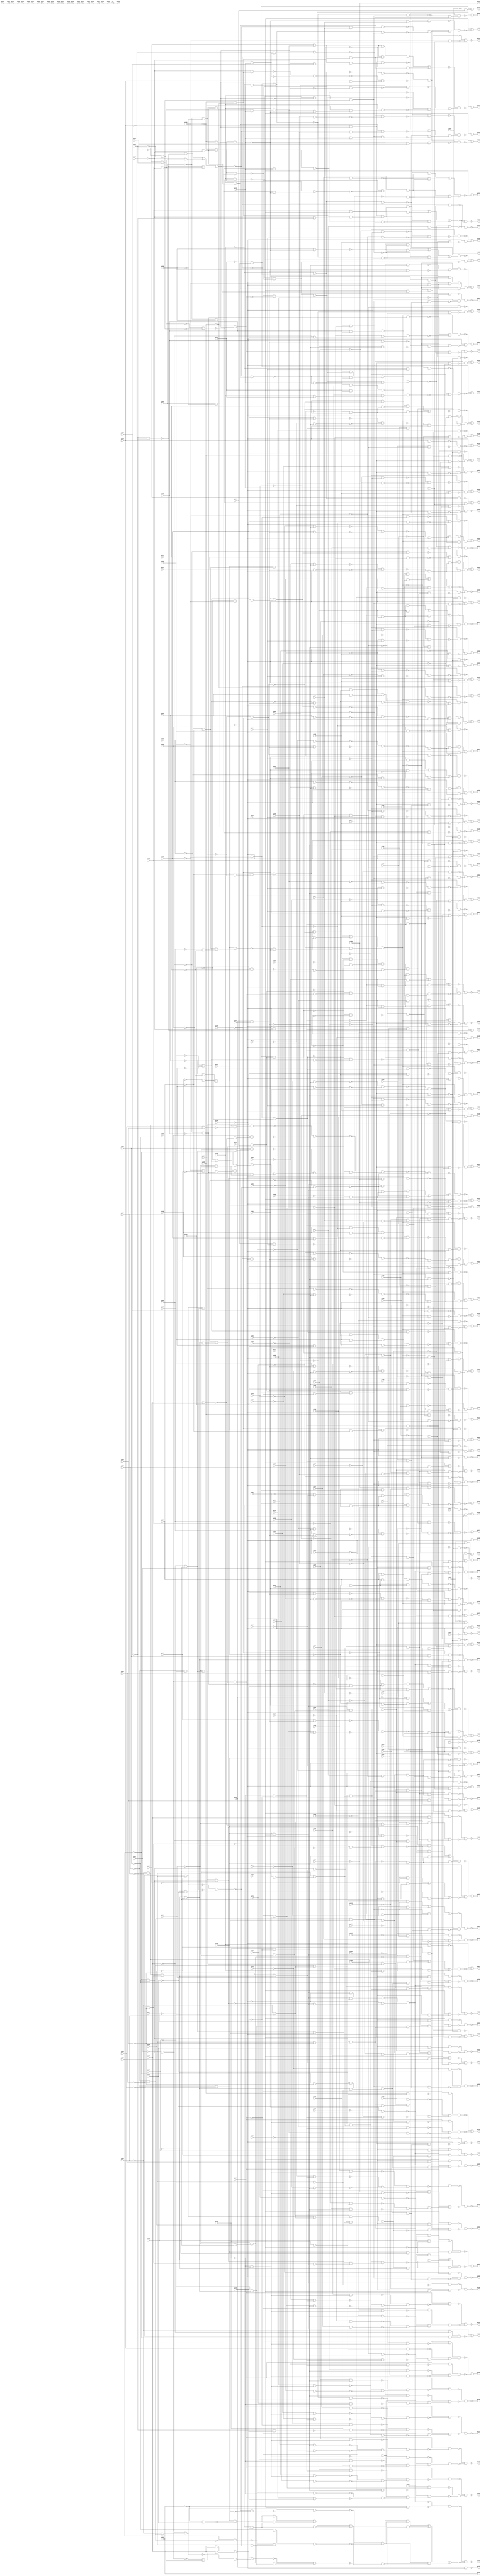
//Written by the Majority Logic Package Wed Apr 29 23:07:12 2015
module top (
            pi000, pi001, pi002, pi003, pi004, pi005, pi006, pi007, pi008, pi009, pi010, pi011, pi012, pi013, pi014, pi015, pi016, pi017, pi018, pi019, pi020, pi021, pi022, pi023, pi024, pi025, pi026, pi027, pi028, pi029, pi030, pi031, pi032, pi033, pi034, pi035, pi036, pi037, pi038, pi039, pi040, pi041, pi042, pi043, pi044, pi045, pi046, pi047, pi048, pi049, pi050, pi051, pi052, pi053, pi054, pi055, pi056, pi057, pi058, pi059, pi060, pi061, pi062, pi063, pi064, pi065, pi066, pi067, pi068, pi069, pi070, pi071, pi072, pi073, pi074, pi075, pi076, pi077, pi078, pi079, pi080, pi081, pi082, pi083, pi084, pi085, pi086, pi087, pi088, pi089, pi090, pi091, pi092, pi093, pi094, pi095, pi096, pi097, pi098, pi099, pi100, pi101, pi102, pi103, pi104, pi105, pi106, pi107, pi108, pi109, pi110, pi111, pi112, pi113, pi114, pi115, pi116, pi117, pi118, pi119, pi120, pi121, pi122, pi123, pi124, pi125, pi126, pi127, pi128, pi129, pi130, pi131, pi132, pi133, pi134, pi135, pi136, pi137, pi138, pi139, pi140, pi141, pi142, pi143, pi144, pi145, pi146, 
            po000, po001, po002, po003, po004, po005, po006, po007, po008, po009, po010, po011, po012, po013, po014, po015, po016, po017, po018, po019, po020, po021, po022, po023, po024, po025, po026, po027, po028, po029, po030, po031, po032, po033, po034, po035, po036, po037, po038, po039, po040, po041, po042, po043, po044, po045, po046, po047, po048, po049, po050, po051, po052, po053, po054, po055, po056, po057, po058, po059, po060, po061, po062, po063, po064, po065, po066, po067, po068, po069, po070, po071, po072, po073, po074, po075, po076, po077, po078, po079, po080, po081, po082, po083, po084, po085, po086, po087, po088, po089, po090, po091, po092, po093, po094, po095, po096, po097, po098, po099, po100, po101, po102, po103, po104, po105, po106, po107, po108, po109, po110, po111, po112, po113, po114, po115, po116, po117, po118, po119, po120, po121, po122, po123, po124, po125, po126, po127, po128, po129, po130, po131, po132, po133, po134, po135, po136, po137, po138, po139, po140, po141);
input pi000, pi001, pi002, pi003, pi004, pi005, pi006, pi007, pi008, pi009, pi010, pi011, pi012, pi013, pi014, pi015, pi016, pi017, pi018, pi019, pi020, pi021, pi022, pi023, pi024, pi025, pi026, pi027, pi028, pi029, pi030, pi031, pi032, pi033, pi034, pi035, pi036, pi037, pi038, pi039, pi040, pi041, pi042, pi043, pi044, pi045, pi046, pi047, pi048, pi049, pi050, pi051, pi052, pi053, pi054, pi055, pi056, pi057, pi058, pi059, pi060, pi061, pi062, pi063, pi064, pi065, pi066, pi067, pi068, pi069, pi070, pi071, pi072, pi073, pi074, pi075, pi076, pi077, pi078, pi079, pi080, pi081, pi082, pi083, pi084, pi085, pi086, pi087, pi088, pi089, pi090, pi091, pi092, pi093, pi094, pi095, pi096, pi097, pi098, pi099, pi100, pi101, pi102, pi103, pi104, pi105, pi106, pi107, pi108, pi109, pi110, pi111, pi112, pi113, pi114, pi115, pi116, pi117, pi118, pi119, pi120, pi121, pi122, pi123, pi124, pi125, pi126, pi127, pi128, pi129, pi130, pi131, pi132, pi133, pi134, pi135, pi136, pi137, pi138, pi139, pi140, pi141, pi142, pi143, pi144, pi145, pi146;
output po000, po001, po002, po003, po004, po005, po006, po007, po008, po009, po010, po011, po012, po013, po014, po015, po016, po017, po018, po019, po020, po021, po022, po023, po024, po025, po026, po027, po028, po029, po030, po031, po032, po033, po034, po035, po036, po037, po038, po039, po040, po041, po042, po043, po044, po045, po046, po047, po048, po049, po050, po051, po052, po053, po054, po055, po056, po057, po058, po059, po060, po061, po062, po063, po064, po065, po066, po067, po068, po069, po070, po071, po072, po073, po074, po075, po076, po077, po078, po079, po080, po081, po082, po083, po084, po085, po086, po087, po088, po089, po090, po091, po092, po093, po094, po095, po096, po097, po098, po099, po100, po101, po102, po103, po104, po105, po106, po107, po108, po109, po110, po111, po112, po113, po114, po115, po116, po117, po118, po119, po120, po121, po122, po123, po124, po125, po126, po127, po128, po129, po130, po131, po132, po133, po134, po135, po136, po137, po138, po139, po140, po141;
wire one, w0, w1, w2, w3, w4, w5, w6, w7, w8, w9, w10, w11, w12, w13, w14, w15, w16, w17, w18, w19, w20, w21, w22, w23, w24, w25, w26, w27, w28, w29, w30, w31, w32, w33, w34, w35, w36, w37, w38, w39, w40, w41, w42, w43, w44, w45, w46, w47, w48, w49, w50, w51, w52, w53, w54, w55, w56, w57, w58, w59, w60, w61, w62, w63, w64, w65, w66, w67, w68, w69, w70, w71, w72, w73, w74, w75, w76, w77, w78, w79, w80, w81, w82, w83, w84, w85, w86, w87, w88, w89, w90, w91, w92, w93, w94, w95, w96, w97, w98, w99, w100, w101, w102, w103, w104, w105, w106, w107, w108, w109, w110, w111, w112, w113, w114, w115, w116, w117, w118, w119, w120, w121, w122, w123, w124, w125, w126, w127, w128, w129, w130, w131, w132, w133, w134, w135, w136, w137, w138, w139, w140, w141, w142, w143, w144, w145, w146, w147, w148, w149, w150, w151, w152, w153, w154, w155, w156, w157, w158, w159, w160, w161, w162, w163, w164, w165, w166, w167, w168, w169, w170, w171, w172, w173, w174, w175, w176, w177, w178, w179, w180, w181, w182, w183, w184, w185, w186, w187, w188, w189, w190, w191, w192, w193, w194, w195, w196, w197, w198, w199, w200, w201, w202, w203, w204, w205, w206, w207, w208, w209, w210, w211, w212, w213, w214, w215, w216, w217, w218, w219, w220, w221, w222, w223, w224, w225, w226, w227, w228, w229, w230, w231, w232, w233, w234, w235, w236, w237, w238, w239, w240, w241, w242, w243, w244, w245, w246, w247, w248, w249, w250, w251, w252, w253, w254, w255, w256, w257, w258, w259, w260, w261, w262, w263, w264, w265, w266, w267, w268, w269, w270, w271, w272, w273, w274, w275, w276, w277, w278, w279, w280, w281, w282, w283, w284, w285, w286, w287, w288, w289, w290, w291, w292, w293, w294, w295, w296, w297, w298, w299, w300, w301, w302, w303, w304, w305, w306, w307, w308, w309, w310, w311, w312, w313, w314, w315, w316, w317, w318, w319, w320, w321, w322, w323, w324, w325, w326, w327, w328, w329, w330, w331, w332, w333, w334, w335, w336, w337, w338, w339, w340, w341, w342, w343, w344, w345, w346, w347, w348, w349, w350, w351, w352, w353, w354, w355, w356, w357, w358, w359, w360, w361, w362, w363, w364, w365, w366, w367, w368, w369, w370, w371, w372, w373, w374, w375, w376, w377, w378, w379, w380, w381, w382, w383, w384, w385, w386, w387, w388, w389, w390, w391, w392, w393, w394, w395, w396, w397, w398, w399, w400, w401, w402, w403, w404, w405, w406, w407, w408, w409, w410, w411, w412, w413, w414, w415, w416, w417, w418, w419, w420, w421, w422, w423, w424, w425, w426, w427, w428, w429, w430, w431, w432, w433, w434, w435, w436, w437, w438, w439, w440, w441, w442, w443, w444, w445, w446, w447, w448, w449, w450, w451, w452, w453, w454, w455, w456, w457, w458, w459, w460, w461, w462, w463, w464, w465, w466, w467, w468, w469, w470, w471, w472, w473, w474, w475, w476, w477, w478, w479, w480, w481, w482, w483, w484, w485, w486, w487, w488, w489, w490, w491, w492, w493, w494, w495, w496, w497, w498, w499, w500, w501, w502, w503, w504, w505, w506, w507, w508, w509, w510, w511, w512, w513, w514, w515, w516, w517, w518, w519, w520, w521, w522, w523, w524, w525, w526, w527, w528, w529, w530, w531, w532, w533, w534, w535, w536, w537, w538, w539, w540, w541, w542, w543, w544, w545, w546, w547, w548, w549, w550, w551, w552, w553, w554, w555, w556, w557, w558, w559, w560, w561, w562, w563, w564, w565, w566, w567, w568, w569, w570, w571, w572, w573, w574, w575, w576, w577, w578, w579, w580, w581, w582, w583, w584, w585, w586, w587, w588, w589, w590, w591, w592, w593, w594, w595, w596, w597, w598, w599, w600, w601, w602, w603, w604, w605, w606, w607, w608, w609, w610, w611, w612, w613, w614, w615, w616, w617, w618, w619, w620, w621, w622, w623, w624, w625, w626, w627, w628, w629, w630, w631, w632, w633, w634, w635, w636, w637, w638, w639, w640, w641, w642, w643, w644, w645, w646, w647, w648, w649, w650, w651, w652, w653, w654, w655, w656, w657, w658, w659, w660, w661, w662, w663, w664, w665, w666, w667, w668, w669, w670, w671, w672, w673, w674, w675, w676, w677, w678, w679, w680, w681, w682, w683, w684, w685, w686, w687, w688, w689, w690, w691, w692, w693, w694, w695, w696, w697, w698, w699, w700, w701, w702, w703, w704, w705, w706, w707, w708, w709, w710, w711, w712, w713, w714, w715, w716, w717, w718, w719, w720, w721, w722, w723, w724, w725, w726, w727, w728, w729, w730, w731, w732, w733, w734, w735, w736, w737, w738, w739, w740, w741, w742, w743, w744, w745, w746, w747, w748, w749, w750, w751, w752, w753, w754, w755, w756, w757, w758, w759, w760, w761, w762, w763, w764, w765, w766, w767, w768, w769, w770, w771, w772, w773, w774, w775, w776, w777, w778, w779, w780, w781, w782, w783, w784, w785, w786, w787, w788, w789, w790, w791, w792, w793, w794, w795, w796, w797, w798, w799, w800, w801, w802, w803, w804, w805, w806, w807, w808, w809, w810, w811, w812, w813, w814, w815, w816, w817, w818, w819, w820, w821, w822, w823, w824, w825, w826, w827, w828, w829, w830, w831, w832, w833, w834, w835, w836, w837, w838, w839, w840, w841, w842, w843, w844, w845, w846, w847, w848, w849, w850, w851, w852, w853, w854, w855, w856, w857, w858, w859, w860, w861, w862, w863, w864, w865, w866, w867, w868, w869, w870, w871, w872, w873, w874, w875, w876, w877, w878, w879, w880, w881, w882, w883, w884, w885, w886, w887, w888, w889, w890, w891, w892, w893, w894, w895, w896, w897, w898, w899, w900, w901, w902, w903, w904, w905, w906, w907, w908, w909, w910, w911, w912, w913, w914, w915, w916, w917, w918, w919, w920, w921, w922, w923, w924, w925, w926, w927, w928, w929, w930, w931, w932, w933, w934, w935, w936, w937, w938, w939, w940, w941, w942, w943, w944, w945, w946, w947, w948, w949, w950, w951, w952, w953, w954, w955, w956, w957, w958, w959, w960, w961, w962, w963, w964, w965, w966, w967, w968, w969, w970;
assign w0 = pi010 & pi013;
assign w1 = ~pi004 & ~pi006;
assign w2 = ~pi007 & ~pi008;
assign w3 = ~pi021 & w2;
assign w4 = w1 & w3;
assign w5 = w3 & w873;
assign w6 = pi007 & pi008;
assign w7 = ~pi010 & ~pi013;
assign w8 = w1 & w7;
assign w9 = ~pi014 & w8;
assign w10 = w8 & w874;
assign w11 = ~w5 & ~w10;
assign w12 = pi014 & ~w7;
assign w13 = ~pi016 & ~pi018;
assign w14 = ~pi017 & ~pi019;
assign w15 = ~pi009 & ~pi011;
assign w16 = ~pi005 & ~pi022;
assign w17 = w15 & w16;
assign w18 = w13 & w14;
assign w19 = w17 & w18;
assign w20 = (~pi012 & w2) | (~pi012 & w875) | (w2 & w875);
assign w21 = ~w12 & w20;
assign w22 = w19 & w21;
assign w23 = ~w11 & w22;
assign w24 = ~w15 & ~w16;
assign w25 = ~w17 & ~w24;
assign w26 = ~w23 & ~w25;
assign w27 = ~pi012 & ~pi014;
assign w28 = w3 & w27;
assign w29 = w8 & w19;
assign w30 = w28 & w29;
assign w31 = w29 & w876;
assign w32 = ~pi003 & ~pi129;
assign w33 = pi054 & w32;
assign w34 = (w33 & ~w25) | (w33 & w877) | (~w25 & w877);
assign w35 = ~w31 & w34;
assign w36 = ~w26 & w35;
assign w37 = ~pi054 & w32;
assign w38 = w32 & w878;
assign w39 = ~w36 & ~w38;
assign w40 = (w33 & ~w29) | (w33 & w879) | (~w29 & w879);
assign w41 = ~pi001 & w32;
assign w42 = ~w40 & ~w41;
assign w43 = ~pi011 & w27;
assign w44 = ~pi005 & ~pi009;
assign w45 = ~pi004 & w44;
assign w46 = w43 & w45;
assign w47 = ~pi006 & ~pi010;
assign w48 = ~w7 & ~w47;
assign w49 = w46 & ~w48;
assign w50 = pi012 & ~w44;
assign w51 = ~pi011 & ~w24;
assign w52 = ~w50 & w51;
assign w53 = w9 & w52;
assign w54 = ~w49 & ~w53;
assign w55 = (pi007 & ~w46) | (pi007 & w880) | (~w46 & w880);
assign w56 = ~pi021 & w14;
assign w57 = w14 & w881;
assign w58 = ~pi022 & w13;
assign w59 = w57 & w58;
assign w60 = ~w55 & w59;
assign w61 = ~pi001 & pi017;
assign w62 = pi054 & ~w61;
assign w63 = (w62 & ~w29) | (w62 & w882) | (~w29 & w882);
assign w64 = (w63 & w54) | (w63 & w883) | (w54 & w883);
assign w65 = ~w42 & ~w64;
assign w66 = ~pi046 & ~pi050;
assign w67 = ~pi043 & w66;
assign w68 = ~pi044 & ~pi045;
assign w69 = ~pi047 & ~pi048;
assign w70 = w68 & w69;
assign w71 = w67 & w70;
assign w72 = ~pi038 & ~pi040;
assign w73 = ~pi041 & ~pi042;
assign w74 = w72 & w73;
assign w75 = ~pi024 & ~pi049;
assign w76 = w74 & w75;
assign w77 = w71 & w76;
assign w78 = ~pi015 & ~pi020;
assign w79 = (pi082 & ~w77) | (pi082 & w884) | (~w77 & w884);
assign w80 = pi002 & w79;
assign w81 = ~pi049 & w71;
assign w82 = ~pi015 & ~pi024;
assign w83 = w74 & w82;
assign w84 = ~pi002 & ~pi020;
assign w85 = w74 & w885;
assign w86 = (pi082 & ~w81) | (pi082 & w886) | (~w81 & w886);
assign w87 = pi122 & pi127;
assign w88 = ~pi065 & ~w87;
assign w89 = pi002 & w87;
assign w90 = ~w88 & ~w89;
assign w91 = ~w86 & ~w90;
assign w92 = ~w80 & ~w91;
assign w93 = ~pi129 & ~w92;
assign w94 = pi000 & ~pi113;
assign w95 = ~pi123 & w94;
assign w96 = ~pi061 & ~pi118;
assign w97 = (w96 & ~w29) | (w96 & w887) | (~w29 & w887);
assign w98 = ~w95 & ~w97;
assign w99 = ~pi129 & ~w98;
assign w100 = ~pi013 & ~pi016;
assign w101 = w27 & w100;
assign w102 = w40 & w101;
assign w103 = ~pi004 & ~pi022;
assign w104 = w44 & w103;
assign w105 = ~pi011 & ~pi018;
assign w106 = w14 & w105;
assign w107 = w104 & w106;
assign w108 = w4 & w107;
assign w109 = w40 & w888;
assign w110 = w32 & w889;
assign w111 = ~w109 & ~w110;
assign w112 = w32 & w890;
assign w113 = w101 & w106;
assign w114 = w2 & w47;
assign w115 = w104 & w114;
assign w116 = w33 & w56;
assign w117 = w115 & w116;
assign w118 = ~pi029 & ~pi059;
assign w119 = ~pi025 & pi028;
assign w120 = w118 & w119;
assign w121 = w117 & w891;
assign w122 = ~w112 & ~w121;
assign w123 = w32 & w892;
assign w124 = pi025 & ~pi028;
assign w125 = w118 & w124;
assign w126 = w117 & w893;
assign w127 = ~w123 & ~w126;
assign w128 = w32 & w894;
assign w129 = w44 & w47;
assign w130 = w33 & ~w57;
assign w131 = ~pi021 & ~w6;
assign w132 = w103 & w131;
assign w133 = w129 & w132;
assign w134 = w133 & w895;
assign w135 = ~w128 & ~w134;
assign w136 = (~pi008 & ~w14) | (~pi008 & w896) | (~w14 & w896);
assign w137 = w27 & w938;
assign w138 = w13 & ~w56;
assign w139 = w115 & w138;
assign w140 = (pi054 & ~w139) | (pi054 & w897) | (~w139 & w897);
assign w141 = w32 & ~w136;
assign w142 = ~w140 & w141;
assign w143 = ~pi018 & w117;
assign w144 = w102 & w143;
assign w145 = w32 & w898;
assign w146 = ~w144 & ~w145;
assign w147 = w32 & w899;
assign w148 = w4 & w129;
assign w149 = w4 & w900;
assign w150 = ~pi011 & ~pi022;
assign w151 = ~pi012 & ~pi013;
assign w152 = ~pi017 & w151;
assign w153 = w13 & w150;
assign w154 = w152 & w153;
assign w155 = w149 & w154;
assign w156 = w40 & w155;
assign w157 = ~w147 & ~w156;
assign w158 = w32 & w901;
assign w159 = w113 & w148;
assign w160 = w40 & w159;
assign w161 = ~w158 & ~w160;
assign w162 = w32 & w902;
assign w163 = w43 & w117;
assign w164 = ~w30 & w163;
assign w165 = w100 & w164;
assign w166 = ~w162 & ~w165;
assign w167 = ~pi025 & ~pi028;
assign w168 = pi029 & ~pi059;
assign w169 = w167 & w168;
assign w170 = w117 & w903;
assign w171 = w32 & w904;
assign w172 = ~w170 & ~w171;
assign w173 = w32 & w905;
assign w174 = w13 & w164;
assign w175 = ~w173 & ~w174;
assign w176 = pi015 & w87;
assign w177 = ~pi070 & ~w87;
assign w178 = ~w176 & ~w177;
assign w179 = w81 & w83;
assign w180 = (pi082 & w77) | (pi082 & w906) | (w77 & w906);
assign w181 = ~w179 & w180;
assign w182 = (~pi129 & w86) | (~pi129 & w907) | (w86 & w907);
assign w183 = ~w181 & w182;
assign w184 = (pi016 & ~w32) | (pi016 & w908) | (~w32 & w908);
assign w185 = w15 & w103;
assign w186 = w56 & w185;
assign w187 = w101 & w114;
assign w188 = w186 & w187;
assign w189 = w7 & w33;
assign w190 = w28 & w189;
assign w191 = w107 & w190;
assign w192 = (~pi016 & ~w191) | (~pi016 & w909) | (~w191 & w909);
assign w193 = ~w184 & ~w192;
assign w194 = w32 & w910;
assign w195 = ~pi029 & pi059;
assign w196 = w167 & w195;
assign w197 = w117 & w911;
assign w198 = ~w194 & ~w197;
assign w199 = w32 & w912;
assign w200 = w137 & ~w188;
assign w201 = w143 & w200;
assign w202 = ~w199 & ~w201;
assign w203 = w32 & w913;
assign w204 = w58 & w137;
assign w205 = w130 & w204;
assign w206 = w149 & w205;
assign w207 = ~w203 & ~w206;
assign w208 = pi020 & w87;
assign w209 = ~pi071 & ~w87;
assign w210 = ~w208 & ~w209;
assign w211 = (pi020 & ~w81) | (pi020 & w914) | (~w81 & w914);
assign w212 = w79 & ~w211;
assign w213 = (~pi129 & w86) | (~pi129 & w915) | (w86 & w915);
assign w214 = ~w212 & w213;
assign w215 = w32 & w916;
assign w216 = ~pi014 & w154;
assign w217 = w130 & w216;
assign w218 = w148 & w217;
assign w219 = ~w215 & ~w218;
assign w220 = w32 & w917;
assign w221 = ~pi018 & w188;
assign w222 = w40 & w221;
assign w223 = ~w220 & ~w222;
assign w224 = ~pi023 & pi055;
assign w225 = pi061 & ~pi129;
assign w226 = ~w224 & w225;
assign w227 = pi024 & w87;
assign w228 = ~pi063 & ~w87;
assign w229 = ~w227 & ~w228;
assign w230 = w71 & w918;
assign w231 = (pi024 & ~w71) | (pi024 & w919) | (~w71 & w919);
assign w232 = pi082 & ~w230;
assign w233 = ~w231 & w232;
assign w234 = (~pi129 & w86) | (~pi129 & w920) | (w86 & w920);
assign w235 = ~w233 & w234;
assign w236 = ~pi053 & ~pi058;
assign w237 = ~pi085 & w236;
assign w238 = pi026 & ~pi027;
assign w239 = ~pi026 & pi027;
assign w240 = ~w238 & ~w239;
assign w241 = w237 & ~w240;
assign w242 = ~pi026 & ~pi027;
assign w243 = ~pi085 & w242;
assign w244 = ~pi053 & pi058;
assign w245 = w243 & w244;
assign w246 = ~w241 & ~w245;
assign w247 = pi053 & ~pi058;
assign w248 = w243 & w247;
assign w249 = w236 & w242;
assign w250 = pi085 & w249;
assign w251 = ~w248 & ~w250;
assign w252 = w246 & w251;
assign w253 = ~w252 & w921;
assign w254 = ~pi095 & ~pi100;
assign w255 = (~pi110 & ~w254) | (~pi110 & w922) | (~w254 & w922);
assign w256 = w237 & w242;
assign w257 = ~w255 & w256;
assign w258 = w256 & w923;
assign w259 = ~pi039 & ~pi051;
assign w260 = ~pi052 & w259;
assign w261 = w259 & w924;
assign w262 = w237 & w239;
assign w263 = w261 & w262;
assign w264 = w237 & w925;
assign w265 = ~w260 & w264;
assign w266 = ~pi085 & ~pi096;
assign w267 = ~pi110 & w266;
assign w268 = pi085 & pi116;
assign w269 = ~w267 & ~w268;
assign w270 = pi100 & w249;
assign w271 = ~w269 & w270;
assign w272 = ~w265 & ~w271;
assign w273 = ~w258 & ~w263;
assign w274 = w272 & w273;
assign w275 = ~w253 & w274;
assign w276 = w32 & ~w275;
assign w277 = ~w252 & w926;
assign w278 = w272 & ~w277;
assign w279 = w32 & ~w278;
assign w280 = ~w261 & w262;
assign w281 = ~pi100 & w249;
assign w282 = w249 & w927;
assign w283 = w266 & w928;
assign w284 = w281 & w283;
assign w285 = ~w280 & ~w282;
assign w286 = ~w284 & w285;
assign w287 = w32 & ~w286;
assign w288 = pi028 & ~pi116;
assign w289 = ~w282 & ~w288;
assign w290 = ~w252 & ~w289;
assign w291 = w256 & w929;
assign w292 = w260 & w264;
assign w293 = w262 & w930;
assign w294 = ~w284 & ~w291;
assign w295 = ~w292 & ~w293;
assign w296 = w294 & w295;
assign w297 = ~w290 & w296;
assign w298 = w32 & ~w297;
assign w299 = (~w257 & w252) | (~w257 & w931) | (w252 & w931);
assign w300 = pi029 & w32;
assign w301 = ~w299 & w300;
assign w302 = w243 & w932;
assign w303 = w266 & w933;
assign w304 = w281 & w303;
assign w305 = pi097 & w32;
assign w306 = (w305 & w304) | (w305 & w934) | (w304 & w934);
assign w307 = ~w301 & ~w306;
assign w308 = ~pi088 & pi106;
assign w309 = ~pi030 & ~pi109;
assign w310 = ~pi060 & pi109;
assign w311 = ~w309 & ~w310;
assign w312 = ~pi106 & ~w311;
assign w313 = ~pi129 & ~w308;
assign w314 = ~w312 & w313;
assign w315 = ~pi089 & pi106;
assign w316 = ~pi031 & ~pi109;
assign w317 = ~pi030 & pi109;
assign w318 = ~w316 & ~w317;
assign w319 = ~pi106 & ~w318;
assign w320 = ~pi129 & ~w315;
assign w321 = ~w319 & w320;
assign w322 = ~pi099 & pi106;
assign w323 = ~pi032 & ~pi109;
assign w324 = ~pi031 & pi109;
assign w325 = ~w323 & ~w324;
assign w326 = ~pi106 & ~w325;
assign w327 = ~pi129 & ~w322;
assign w328 = ~w326 & w327;
assign w329 = ~pi090 & pi106;
assign w330 = ~pi033 & ~pi109;
assign w331 = ~pi032 & pi109;
assign w332 = ~w330 & ~w331;
assign w333 = ~pi106 & ~w332;
assign w334 = ~pi129 & ~w329;
assign w335 = ~w333 & w334;
assign w336 = ~pi091 & pi106;
assign w337 = ~pi034 & ~pi109;
assign w338 = ~pi033 & pi109;
assign w339 = ~w337 & ~w338;
assign w340 = ~pi106 & ~w339;
assign w341 = ~pi129 & ~w336;
assign w342 = ~w340 & w341;
assign w343 = ~pi092 & pi106;
assign w344 = ~pi035 & ~pi109;
assign w345 = ~pi034 & pi109;
assign w346 = ~w344 & ~w345;
assign w347 = ~pi106 & ~w346;
assign w348 = ~pi129 & ~w343;
assign w349 = ~w347 & w348;
assign w350 = ~pi098 & pi106;
assign w351 = ~pi036 & ~pi109;
assign w352 = ~pi035 & pi109;
assign w353 = ~w351 & ~w352;
assign w354 = ~pi106 & ~w353;
assign w355 = ~pi129 & ~w350;
assign w356 = ~w354 & w355;
assign w357 = ~pi093 & pi106;
assign w358 = ~pi037 & ~pi109;
assign w359 = ~pi036 & pi109;
assign w360 = ~w358 & ~w359;
assign w361 = ~pi106 & ~w360;
assign w362 = ~pi129 & ~w357;
assign w363 = ~w361 & w362;
assign w364 = ~pi074 & ~w87;
assign w365 = pi038 & w87;
assign w366 = ~w364 & ~w365;
assign w367 = ~pi042 & ~pi044;
assign w368 = ~pi040 & w367;
assign w369 = (pi038 & ~w367) | (pi038 & w935) | (~w367 & w935);
assign w370 = w367 & w72;
assign w371 = ~w369 & ~w370;
assign w372 = w86 & w371;
assign w373 = (~pi129 & w86) | (~pi129 & w936) | (w86 & w936);
assign w374 = ~w372 & w373;
assign w375 = ~pi051 & pi109;
assign w376 = (pi039 & ~w375) | (pi039 & w937) | (~w375 & w937);
assign w377 = w259 & w939;
assign w378 = ~pi106 & ~w376;
assign w379 = ~w377 & w378;
assign w380 = ~pi129 & ~w379;
assign w381 = ~pi073 & ~w87;
assign w382 = pi040 & w87;
assign w383 = ~w381 & ~w382;
assign w384 = pi040 & ~w367;
assign w385 = ~w368 & ~w384;
assign w386 = w86 & w385;
assign w387 = (~pi129 & w86) | (~pi129 & w940) | (w86 & w940);
assign w388 = ~w386 & w387;
assign w389 = ~pi076 & ~w87;
assign w390 = pi041 & w87;
assign w391 = ~w389 & ~w390;
assign w392 = w66 & w370;
assign w393 = (pi041 & ~w370) | (pi041 & w941) | (~w370 & w941);
assign w394 = w370 & w942;
assign w395 = ~w393 & ~w394;
assign w396 = w86 & w395;
assign w397 = (~pi129 & w86) | (~pi129 & w943) | (w86 & w943);
assign w398 = ~w396 & w397;
assign w399 = ~pi072 & ~w87;
assign w400 = pi042 & w87;
assign w401 = ~w399 & ~w400;
assign w402 = pi042 & pi044;
assign w403 = ~w367 & ~w402;
assign w404 = w86 & w403;
assign w405 = (~pi129 & w86) | (~pi129 & w944) | (w86 & w944);
assign w406 = ~w404 & w405;
assign w407 = pi043 & ~w394;
assign w408 = w66 & w945;
assign w409 = w74 & w408;
assign w410 = pi082 & ~w409;
assign w411 = ~w407 & w410;
assign w412 = ~pi077 & ~w87;
assign w413 = pi043 & w87;
assign w414 = ~w412 & ~w413;
assign w415 = ~w86 & w414;
assign w416 = ~pi129 & ~w411;
assign w417 = ~w415 & w416;
assign w418 = ~pi067 & ~w87;
assign w419 = pi044 & w87;
assign w420 = ~w418 & ~w419;
assign w421 = ~w86 & w420;
assign w422 = (~pi129 & ~w86) | (~pi129 & w946) | (~w86 & w946);
assign w423 = ~w421 & w422;
assign w424 = ~pi047 & w409;
assign w425 = w409 & w69;
assign w426 = (pi045 & ~w409) | (pi045 & w947) | (~w409 & w947);
assign w427 = (pi082 & ~w71) | (pi082 & w948) | (~w71 & w948);
assign w428 = ~w426 & w427;
assign w429 = pi045 & w87;
assign w430 = ~pi068 & ~w87;
assign w431 = ~w429 & ~w430;
assign w432 = (~pi129 & w86) | (~pi129 & w949) | (w86 & w949);
assign w433 = ~w428 & w432;
assign w434 = pi046 & w87;
assign w435 = ~pi075 & ~w87;
assign w436 = ~w434 & ~w435;
assign w437 = ~pi050 & w370;
assign w438 = (pi046 & ~w370) | (pi046 & w950) | (~w370 & w950);
assign w439 = ~w392 & ~w438;
assign w440 = w86 & w439;
assign w441 = (~pi129 & w86) | (~pi129 & w951) | (w86 & w951);
assign w442 = ~w440 & w441;
assign w443 = ~pi064 & ~w87;
assign w444 = pi047 & w87;
assign w445 = ~w443 & ~w444;
assign w446 = pi047 & ~w409;
assign w447 = ~w424 & ~w446;
assign w448 = w86 & w447;
assign w449 = (~pi129 & w86) | (~pi129 & w952) | (w86 & w952);
assign w450 = ~w448 & w449;
assign w451 = pi048 & w87;
assign w452 = ~pi062 & ~w87;
assign w453 = ~w451 & ~w452;
assign w454 = ~w86 & w453;
assign w455 = (pi048 & ~w409) | (pi048 & w953) | (~w409 & w953);
assign w456 = w86 & w954;
assign w457 = ~pi129 & ~w454;
assign w458 = ~w456 & w457;
assign w459 = pi049 & w87;
assign w460 = ~pi069 & ~w87;
assign w461 = ~w459 & ~w460;
assign w462 = pi049 & ~w230;
assign w463 = ~w77 & w86;
assign w464 = ~w462 & w463;
assign w465 = (~pi129 & w86) | (~pi129 & w955) | (w86 & w955);
assign w466 = ~w464 & w465;
assign w467 = ~pi066 & ~w87;
assign w468 = pi050 & w87;
assign w469 = ~w467 & ~w468;
assign w470 = pi050 & ~w370;
assign w471 = ~w437 & ~w470;
assign w472 = w86 & w471;
assign w473 = (~pi129 & w86) | (~pi129 & w956) | (w86 & w956);
assign w474 = ~w472 & w473;
assign w475 = pi051 & ~pi109;
assign w476 = ~pi106 & ~w375;
assign w477 = ~w475 & w476;
assign w478 = ~pi129 & ~w477;
assign w479 = pi052 & ~w375;
assign w480 = (~pi106 & ~w375) | (~pi106 & w957) | (~w375 & w957);
assign w481 = ~w479 & w480;
assign w482 = ~pi129 & ~w481;
assign w483 = ~pi116 & w32;
assign w484 = w248 & w483;
assign w485 = ~w306 & ~w484;
assign w486 = ~w86 & ~w87;
assign w487 = ~pi129 & ~w486;
assign w488 = ~pi123 & ~pi129;
assign w489 = pi114 & ~pi122;
assign w490 = w488 & w489;
assign w491 = ~w245 & ~w264;
assign w492 = pi094 & ~w491;
assign w493 = pi037 & ~pi116;
assign w494 = w237 & w958;
assign w495 = ~w241 & ~w249;
assign w496 = ~pi026 & pi037;
assign w497 = (w496 & ~w495) | (w496 & w959) | (~w495 & w959);
assign w498 = ~w302 & ~w494;
assign w499 = ~w492 & w498;
assign w500 = ~w497 & w499;
assign w501 = w32 & ~w500;
assign w502 = w243 & w960;
assign w503 = w495 & w961;
assign w504 = pi060 & w302;
assign w505 = (~w504 & w503) | (~w504 & w962) | (w503 & w962);
assign w506 = w32 & ~w505;
assign w507 = pi058 & ~pi116;
assign w508 = (~w507 & ~w262) | (~w507 & w963) | (~w262 & w963);
assign w509 = ~w292 & w508;
assign w510 = w32 & ~w246;
assign w511 = ~w509 & w510;
assign w512 = pi059 & w32;
assign w513 = ~w299 & w512;
assign w514 = w32 & w255;
assign w515 = w256 & w514;
assign w516 = pi096 & w515;
assign w517 = ~w513 & ~w516;
assign w518 = ~pi117 & ~pi122;
assign w519 = pi123 & w518;
assign w520 = pi060 & ~w518;
assign w521 = ~w519 & ~w520;
assign w522 = ~pi114 & ~pi122;
assign w523 = pi123 & ~pi129;
assign w524 = w522 & w523;
assign w525 = pi131 & pi132;
assign w526 = pi133 & w525;
assign w527 = w525 & w964;
assign w528 = ~pi137 & ~pi138;
assign w529 = pi140 & w528;
assign w530 = w527 & w529;
assign w531 = w527 & w528;
assign w532 = (~pi062 & ~w527) | (~pi062 & w965) | (~w527 & w965);
assign w533 = ~pi129 & ~w530;
assign w534 = ~w532 & w533;
assign w535 = pi142 & w528;
assign w536 = w527 & w535;
assign w537 = (~pi063 & ~w527) | (~pi063 & w966) | (~w527 & w966);
assign w538 = ~pi129 & ~w536;
assign w539 = ~w537 & w538;
assign w540 = pi139 & w528;
assign w541 = w527 & w540;
assign w542 = (~pi064 & ~w527) | (~pi064 & w967) | (~w527 & w967);
assign w543 = ~pi129 & ~w541;
assign w544 = ~w542 & w543;
assign w545 = pi146 & w528;
assign w546 = w527 & w545;
assign w547 = (~pi065 & ~w527) | (~pi065 & w968) | (~w527 & w968);
assign w548 = ~pi129 & ~w546;
assign w549 = ~w547 & w548;
assign w550 = w525 & w969;
assign w551 = pi143 & w528;
assign w552 = w550 & w551;
assign w553 = w528 & w550;
assign w554 = (~pi066 & ~w550) | (~pi066 & w970) | (~w550 & w970);
assign w555 = ~pi129 & ~w552;
assign w556 = ~w554 & w555;
assign w557 = w540 & w550;
assign w558 = ~pi067 & ~w553;
assign w559 = ~pi129 & ~w557;
assign w560 = ~w558 & w559;
assign w561 = pi141 & w528;
assign w562 = w527 & w561;
assign w563 = ~pi068 & ~w531;
assign w564 = ~pi129 & ~w562;
assign w565 = ~w563 & w564;
assign w566 = w527 & w551;
assign w567 = ~pi069 & ~w531;
assign w568 = ~pi129 & ~w566;
assign w569 = ~w567 & w568;
assign w570 = pi144 & w528;
assign w571 = w527 & w570;
assign w572 = ~pi070 & ~w531;
assign w573 = ~pi129 & ~w571;
assign w574 = ~w572 & w573;
assign w575 = pi145 & w528;
assign w576 = w527 & w575;
assign w577 = ~pi071 & ~w531;
assign w578 = ~pi129 & ~w576;
assign w579 = ~w577 & w578;
assign w580 = w529 & w550;
assign w581 = ~pi072 & ~w553;
assign w582 = ~pi129 & ~w580;
assign w583 = ~w581 & w582;
assign w584 = w550 & w561;
assign w585 = ~pi073 & ~w553;
assign w586 = ~pi129 & ~w584;
assign w587 = ~w585 & w586;
assign w588 = w535 & w550;
assign w589 = ~pi074 & ~w553;
assign w590 = ~pi129 & ~w588;
assign w591 = ~w589 & w590;
assign w592 = w550 & w570;
assign w593 = ~pi075 & ~w553;
assign w594 = ~pi129 & ~w592;
assign w595 = ~w593 & w594;
assign w596 = w550 & w575;
assign w597 = ~pi076 & ~w553;
assign w598 = ~pi129 & ~w596;
assign w599 = ~w597 & w598;
assign w600 = w545 & w550;
assign w601 = ~pi077 & ~w553;
assign w602 = ~pi129 & ~w600;
assign w603 = ~w601 & w602;
assign w604 = pi137 & ~pi138;
assign w605 = ~pi142 & w604;
assign w606 = w550 & w605;
assign w607 = w550 & w604;
assign w608 = ~pi078 & ~w607;
assign w609 = ~pi129 & ~w606;
assign w610 = ~w608 & w609;
assign w611 = ~pi143 & w604;
assign w612 = w550 & w611;
assign w613 = ~pi079 & ~w607;
assign w614 = ~pi129 & ~w612;
assign w615 = ~w613 & w614;
assign w616 = ~pi144 & w604;
assign w617 = w550 & w616;
assign w618 = ~pi080 & ~w607;
assign w619 = ~pi129 & ~w617;
assign w620 = ~w618 & w619;
assign w621 = ~pi145 & w604;
assign w622 = w550 & w621;
assign w623 = ~pi081 & ~w607;
assign w624 = ~pi129 & ~w622;
assign w625 = ~w623 & w624;
assign w626 = ~pi146 & w604;
assign w627 = w550 & w626;
assign w628 = ~pi082 & ~w607;
assign w629 = ~pi129 & ~w627;
assign w630 = ~w628 & w629;
assign w631 = ~pi137 & pi138;
assign w632 = pi089 & w631;
assign w633 = pi031 & w604;
assign w634 = ~pi062 & w528;
assign w635 = ~w632 & ~w633;
assign w636 = ~w634 & w635;
assign w637 = pi136 & ~w636;
assign w638 = ~pi136 & w631;
assign w639 = pi119 & w638;
assign w640 = pi072 & ~pi137;
assign w641 = ~pi136 & ~w631;
assign w642 = pi115 & pi138;
assign w643 = ~pi087 & w604;
assign w644 = ~w640 & ~w642;
assign w645 = w641 & w644;
assign w646 = ~w643 & w645;
assign w647 = ~w639 & ~w646;
assign w648 = ~w637 & w647;
assign w649 = ~pi141 & w604;
assign w650 = w550 & w649;
assign w651 = ~pi084 & ~w607;
assign w652 = ~pi129 & ~w650;
assign w653 = ~w651 & w652;
assign w654 = w250 & w483;
assign w655 = ~w516 & ~w654;
assign w656 = ~pi139 & w604;
assign w657 = w550 & w656;
assign w658 = ~pi086 & ~w607;
assign w659 = ~pi129 & ~w657;
assign w660 = ~w658 & w659;
assign w661 = ~pi140 & w604;
assign w662 = w550 & w661;
assign w663 = ~pi087 & ~w607;
assign w664 = ~pi129 & ~w662;
assign w665 = ~w663 & w664;
assign w666 = w527 & w656;
assign w667 = w527 & w604;
assign w668 = ~pi088 & ~w667;
assign w669 = ~pi129 & ~w666;
assign w670 = ~w668 & w669;
assign w671 = w527 & w661;
assign w672 = ~pi089 & ~w667;
assign w673 = ~pi129 & ~w671;
assign w674 = ~w672 & w673;
assign w675 = w527 & w605;
assign w676 = ~pi090 & ~w667;
assign w677 = ~pi129 & ~w675;
assign w678 = ~w676 & w677;
assign w679 = w527 & w611;
assign w680 = ~pi091 & ~w667;
assign w681 = ~pi129 & ~w679;
assign w682 = ~w680 & w681;
assign w683 = w527 & w616;
assign w684 = ~pi092 & ~w667;
assign w685 = ~pi129 & ~w683;
assign w686 = ~w684 & w685;
assign w687 = w527 & w626;
assign w688 = ~pi093 & ~w667;
assign w689 = ~pi129 & ~w687;
assign w690 = ~w688 & w689;
assign w691 = pi082 & w638;
assign w692 = w526 & w691;
assign w693 = ~pi094 & ~w692;
assign w694 = ~pi142 & w692;
assign w695 = ~pi129 & ~w693;
assign w696 = ~w694 & w695;
assign w697 = ~pi003 & ~pi110;
assign w698 = ~w526 & ~w697;
assign w699 = ~w692 & ~w698;
assign w700 = pi095 & w699;
assign w701 = pi143 & w692;
assign w702 = ~w700 & ~w701;
assign w703 = ~pi129 & ~w702;
assign w704 = pi096 & w699;
assign w705 = pi146 & w692;
assign w706 = ~w704 & ~w705;
assign w707 = ~pi129 & ~w706;
assign w708 = pi097 & w699;
assign w709 = pi145 & w692;
assign w710 = ~w708 & ~w709;
assign w711 = ~pi129 & ~w710;
assign w712 = w527 & w621;
assign w713 = ~pi098 & ~w667;
assign w714 = ~pi129 & ~w712;
assign w715 = ~w713 & w714;
assign w716 = w527 & w649;
assign w717 = ~pi099 & ~w667;
assign w718 = ~pi129 & ~w716;
assign w719 = ~w717 & w718;
assign w720 = pi100 & w699;
assign w721 = pi144 & w692;
assign w722 = ~w720 & ~w721;
assign w723 = ~pi129 & ~w722;
assign w724 = pi137 & pi138;
assign w725 = pi096 & w724;
assign w726 = pi082 & w604;
assign w727 = ~pi077 & w528;
assign w728 = pi124 & w631;
assign w729 = ~pi136 & ~w725;
assign w730 = ~w726 & ~w727;
assign w731 = ~w728 & w730;
assign w732 = w729 & w731;
assign w733 = pi093 & w631;
assign w734 = ~pi065 & w528;
assign w735 = pi037 & w604;
assign w736 = pi136 & ~w733;
assign w737 = ~w734 & ~w735;
assign w738 = w736 & w737;
assign w739 = ~w732 & ~w738;
assign w740 = pi091 & w631;
assign w741 = ~pi069 & w528;
assign w742 = pi034 & w604;
assign w743 = ~w740 & ~w741;
assign w744 = ~w742 & w743;
assign w745 = pi136 & ~w744;
assign w746 = ~pi079 & w604;
assign w747 = ~pi066 & ~pi138;
assign w748 = ~pi095 & pi138;
assign w749 = pi137 & ~w748;
assign w750 = ~w747 & ~w749;
assign w751 = ~pi136 & ~w746;
assign w752 = ~w750 & w751;
assign w753 = ~w745 & ~w752;
assign w754 = pi090 & w631;
assign w755 = ~pi063 & w528;
assign w756 = pi033 & w604;
assign w757 = ~w754 & ~w755;
assign w758 = ~w756 & w757;
assign w759 = pi136 & ~w758;
assign w760 = ~pi094 & pi138;
assign w761 = ~pi078 & w604;
assign w762 = pi074 & ~pi137;
assign w763 = ~w760 & ~w762;
assign w764 = w641 & w763;
assign w765 = ~w761 & w764;
assign w766 = ~w759 & ~w765;
assign w767 = pi032 & w604;
assign w768 = ~pi068 & w528;
assign w769 = pi099 & w631;
assign w770 = ~w767 & ~w768;
assign w771 = ~w769 & w770;
assign w772 = pi136 & ~w771;
assign w773 = pi073 & ~pi137;
assign w774 = ~pi084 & w604;
assign w775 = pi112 & pi138;
assign w776 = ~w773 & ~w775;
assign w777 = w641 & w776;
assign w778 = ~w774 & w777;
assign w779 = ~w772 & ~w778;
assign w780 = pi125 & w631;
assign w781 = pi080 & w604;
assign w782 = ~pi075 & w528;
assign w783 = pi100 & w724;
assign w784 = ~pi136 & ~w780;
assign w785 = ~w781 & ~w782;
assign w786 = ~w783 & w785;
assign w787 = w784 & w786;
assign w788 = ~pi070 & w528;
assign w789 = pi035 & w604;
assign w790 = pi092 & w631;
assign w791 = pi136 & ~w788;
assign w792 = ~w789 & ~w790;
assign w793 = w791 & w792;
assign w794 = ~w787 & ~w793;
assign w795 = pi116 & w32;
assign w796 = pi085 & w795;
assign w797 = ~w515 & ~w796;
assign w798 = ~pi071 & w528;
assign w799 = pi036 & w604;
assign w800 = pi098 & w631;
assign w801 = ~w798 & ~w799;
assign w802 = ~w800 & w801;
assign w803 = pi136 & ~w802;
assign w804 = ~pi023 & w631;
assign w805 = ~pi097 & w724;
assign w806 = ~pi081 & w604;
assign w807 = pi076 & w528;
assign w808 = ~pi136 & ~w804;
assign w809 = ~w805 & ~w806;
assign w810 = ~w807 & w809;
assign w811 = w808 & w810;
assign w812 = ~w803 & ~w811;
assign w813 = ~pi064 & w528;
assign w814 = pi030 & w604;
assign w815 = pi088 & w631;
assign w816 = ~w813 & ~w814;
assign w817 = ~w815 & w816;
assign w818 = pi136 & ~w817;
assign w819 = ~pi120 & w631;
assign w820 = ~pi111 & w724;
assign w821 = pi067 & w528;
assign w822 = ~pi086 & w604;
assign w823 = ~pi136 & ~w819;
assign w824 = ~w820 & ~w821;
assign w825 = ~w822 & w824;
assign w826 = w823 & w825;
assign w827 = ~w818 & ~w826;
assign w828 = ~pi026 & w260;
assign w829 = ~w240 & w795;
assign w830 = ~w828 & w829;
assign w831 = ~pi097 & w244;
assign w832 = ~w247 & ~w831;
assign w833 = w795 & ~w832;
assign w834 = ~pi129 & w526;
assign w835 = ~pi111 & ~w691;
assign w836 = ~pi139 & w691;
assign w837 = w834 & ~w835;
assign w838 = ~w836 & w837;
assign w839 = ~pi141 & w691;
assign w840 = pi112 & ~w691;
assign w841 = w834 & ~w839;
assign w842 = ~w840 & w841;
assign w843 = w33 & ~w150;
assign w844 = ~pi113 & w37;
assign w845 = ~w843 & ~w844;
assign w846 = ~pi140 & w691;
assign w847 = pi115 & ~w691;
assign w848 = w834 & ~w846;
assign w849 = ~w847 & w848;
assign w850 = ~pi004 & ~pi007;
assign w851 = ~pi009 & ~pi012;
assign w852 = w850 & w851;
assign w853 = w33 & ~w852;
assign w854 = pi122 & ~pi129;
assign w855 = ~pi054 & ~pi118;
assign w856 = pi054 & ~w169;
assign w857 = ~pi129 & ~w855;
assign w858 = ~w856 & w857;
assign w859 = ~pi129 & ~w254;
assign w860 = ~pi120 & w697;
assign w861 = ~pi111 & ~pi129;
assign w862 = ~w860 & w861;
assign w863 = pi081 & pi120;
assign w864 = ~pi129 & w863;
assign w865 = ~pi129 & ~pi134;
assign w866 = ~pi129 & ~pi135;
assign w867 = pi057 & ~pi129;
assign w868 = ~pi096 & pi125;
assign w869 = ~pi003 & ~w868;
assign w870 = ~pi129 & ~w869;
assign w871 = ~pi126 & pi132;
assign w872 = pi133 & w871;
assign w873 = w1 & ~w0;
assign w874 = ~pi014 & ~w6;
assign w875 = ~pi021 & ~pi012;
assign w876 = w28 & pi000;
assign w877 = ~pi056 & w33;
assign w878 = ~pi054 & ~pi000;
assign w879 = ~w28 & w33;
assign w880 = ~w8 & pi007;
assign w881 = ~pi021 & ~pi008;
assign w882 = ~w28 & w62;
assign w883 = ~w60 & w63;
assign w884 = ~w78 & pi082;
assign w885 = w82 & w84;
assign w886 = ~w85 & pi082;
assign w887 = ~w28 & w96;
assign w888 = w101 & w108;
assign w889 = ~pi054 & pi004;
assign w890 = ~pi054 & pi005;
assign w891 = w113 & w120;
assign w892 = ~pi054 & pi006;
assign w893 = w113 & w125;
assign w894 = ~pi054 & pi007;
assign w895 = w113 & w130;
assign w896 = ~pi054 & ~pi008;
assign w897 = ~w137 & pi054;
assign w898 = ~pi054 & pi009;
assign w899 = ~pi054 & pi010;
assign w900 = w129 & ~pi019;
assign w901 = ~pi054 & pi011;
assign w902 = ~pi054 & pi012;
assign w903 = w113 & w169;
assign w904 = ~pi054 & pi013;
assign w905 = ~pi054 & pi014;
assign w906 = ~pi015 & pi082;
assign w907 = ~w178 & ~pi129;
assign w908 = pi054 & pi016;
assign w909 = w188 & ~pi016;
assign w910 = ~pi054 & pi017;
assign w911 = w113 & w196;
assign w912 = ~pi054 & pi018;
assign w913 = ~pi054 & pi019;
assign w914 = ~w83 & pi020;
assign w915 = ~w210 & ~pi129;
assign w916 = ~pi054 & pi021;
assign w917 = ~pi054 & pi022;
assign w918 = w74 & ~pi024;
assign w919 = ~w74 & pi024;
assign w920 = ~w229 & ~pi129;
assign w921 = ~pi116 & pi025;
assign w922 = pi097 & ~pi110;
assign w923 = ~w255 & pi025;
assign w924 = ~pi052 & pi116;
assign w925 = w238 & pi116;
assign w926 = ~pi116 & pi026;
assign w927 = ~pi100 & w268;
assign w928 = ~pi110 & pi095;
assign w929 = ~w255 & pi028;
assign w930 = ~w261 & pi116;
assign w931 = pi116 & ~w257;
assign w932 = w244 & pi116;
assign w933 = ~pi110 & ~pi095;
assign w934 = w302 & w305;
assign w935 = pi040 & pi038;
assign w936 = ~w366 & ~pi129;
assign w937 = pi052 & pi039;
assign w938 = ~pi011 & ~pi013;
assign w939 = ~pi052 & pi109;
assign w940 = ~w383 & ~pi129;
assign w941 = ~w66 & pi041;
assign w942 = w66 & ~pi041;
assign w943 = ~w391 & ~pi129;
assign w944 = ~w401 & ~pi129;
assign w945 = ~pi043 & ~pi044;
assign w946 = ~pi044 & ~pi129;
assign w947 = ~w69 & pi045;
assign w948 = ~w74 & pi082;
assign w949 = ~w431 & ~pi129;
assign w950 = pi050 & pi046;
assign w951 = ~w436 & ~pi129;
assign w952 = ~w445 & ~pi129;
assign w953 = pi047 & pi048;
assign w954 = ~w425 & ~w455;
assign w955 = ~w461 & ~pi129;
assign w956 = ~w469 & ~pi129;
assign w957 = pi052 & ~pi106;
assign w958 = w238 & w493;
assign w959 = w248 & w496;
assign w960 = w244 & ~pi116;
assign w961 = ~w248 & ~w502;
assign w962 = ~pi057 & ~w504;
assign w963 = ~w261 & ~w507;
assign w964 = pi133 & pi136;
assign w965 = ~w528 & ~pi062;
assign w966 = ~w528 & ~pi063;
assign w967 = ~w528 & ~pi064;
assign w968 = ~w528 & ~pi065;
assign w969 = pi133 & ~pi136;
assign w970 = ~w528 & ~pi066;
assign one = 1;
assign po000 = pi108;// level 0
assign po001 = pi083;// level 0
assign po002 = pi104;// level 0
assign po003 = pi103;// level 0
assign po004 = pi102;// level 0
assign po005 = pi105;// level 0
assign po006 = pi107;// level 0
assign po007 = pi101;// level 0
assign po008 = pi126;// level 0
assign po009 = pi121;// level 0
assign po010 = pi001;// level 0
assign po011 = pi000;// level 0
assign po012 = one;// level 0
assign po013 = pi130;// level 0
assign po014 = pi128;// level 0
assign po015 = w39;// level 8
assign po016 = ~w65;// level 8
assign po017 = w93;// level 8
assign po018 = w99;// level 7
assign po019 = ~w111;// level 7
assign po020 = ~w122;// level 6
assign po021 = ~w127;// level 6
assign po022 = ~w135;// level 6
assign po023 = w142;// level 6
assign po024 = ~w146;// level 8
assign po025 = ~w157;// level 7
assign po026 = ~w161;// level 7
assign po027 = ~w166;// level 8
assign po028 = ~w172;// level 6
assign po029 = ~w175;// level 8
assign po030 = w183;// level 7
assign po031 = w193;// level 7
assign po032 = ~w198;// level 6
assign po033 = ~w202;// level 7
assign po034 = ~w207;// level 6
assign po035 = w214;// level 7
assign po036 = ~w219;// level 7
assign po037 = ~w223;// level 7
assign po038 = w226;// level 2
assign po039 = w235;// level 7
assign po040 = w276;// level 8
assign po041 = w279;// level 8
assign po042 = w287;// level 7
assign po043 = w298;// level 8
assign po044 = ~w307;// level 8
assign po045 = w314;// level 4
assign po046 = w321;// level 4
assign po047 = w328;// level 4
assign po048 = w335;// level 4
assign po049 = w342;// level 4
assign po050 = w349;// level 4
assign po051 = w356;// level 4
assign po052 = w363;// level 4
assign po053 = w374;// level 7
assign po054 = w380;// level 5
assign po055 = w388;// level 7
assign po056 = w398;// level 7
assign po057 = w406;// level 7
assign po058 = w417;// level 7
assign po059 = w423;// level 7
assign po060 = w433;// level 7
assign po061 = w442;// level 7
assign po062 = w450;// level 7
assign po063 = w458;// level 8
assign po064 = w466;// level 8
assign po065 = w474;// level 7
assign po066 = w478;// level 4
assign po067 = w482;// level 4
assign po068 = ~w485;// level 6
assign po069 = ~w487;// level 7
assign po070 = w490;// level 2
assign po071 = w501;// level 8
assign po072 = w506;// level 7
assign po073 = w511;// level 6
assign po074 = ~w517;// level 8
assign po075 = ~w521;// level 3
assign po076 = w524;// level 2
assign po077 = ~w534;// level 5
assign po078 = ~w539;// level 5
assign po079 = ~w544;// level 5
assign po080 = ~w549;// level 5
assign po081 = ~w556;// level 5
assign po082 = ~w560;// level 5
assign po083 = ~w565;// level 5
assign po084 = ~w569;// level 5
assign po085 = ~w574;// level 5
assign po086 = ~w579;// level 5
assign po087 = ~w583;// level 5
assign po088 = ~w587;// level 5
assign po089 = ~w591;// level 5
assign po090 = ~w595;// level 5
assign po091 = ~w599;// level 5
assign po092 = ~w603;// level 5
assign po093 = w610;// level 5
assign po094 = w615;// level 5
assign po095 = w620;// level 5
assign po096 = w625;// level 5
assign po097 = w630;// level 5
assign po098 = ~w648;// level 6
assign po099 = w653;// level 5
assign po100 = ~w655;// level 6
assign po101 = w660;// level 5
assign po102 = w665;// level 5
assign po103 = w670;// level 5
assign po104 = w674;// level 5
assign po105 = w678;// level 5
assign po106 = w682;// level 5
assign po107 = w686;// level 5
assign po108 = w690;// level 5
assign po109 = w696;// level 7
assign po110 = w703;// level 8
assign po111 = w707;// level 8
assign po112 = w711;// level 8
assign po113 = w715;// level 5
assign po114 = w719;// level 5
assign po115 = w723;// level 8
assign po116 = w739;// level 6
assign po117 = ~w753;// level 6
assign po118 = ~w766;// level 6
assign po119 = ~w779;// level 6
assign po120 = w794;// level 6
assign po121 = ~w797;// level 5
assign po122 = ~w812;// level 6
assign po123 = ~w827;// level 6
assign po124 = w830;// level 4
assign po125 = w833;// level 4
assign po126 = w838;// level 6
assign po127 = w842;// level 6
assign po128 = ~w845;// level 4
assign po129 = ~w488;// level 1
assign po130 = w849;// level 6
assign po131 = w853;// level 3
assign po132 = ~w854;// level 1
assign po133 = w858;// level 4
assign po134 = w859;// level 2
assign po135 = w862;// level 3
assign po136 = w864;// level 2
assign po137 = ~w865;// level 1
assign po138 = ~w866;// level 1
assign po139 = w867;// level 1
assign po140 = w870;// level 3
assign po141 = w872;// level 2
endmodule